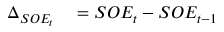
\begin{array} { r l } { \Delta _ { S O E _ { t } } } & { { } = S O E _ { t } - S O E _ { t - 1 } } \end{array}